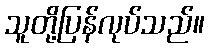
သူတို့ပြန်လုပ်သည်။